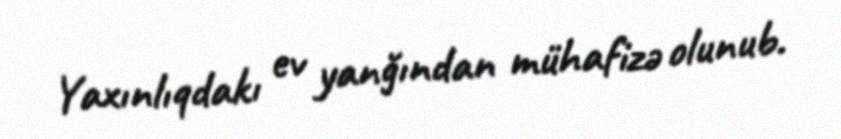
Yaxınlıqdakı ev yanğından mühafizə olunub.